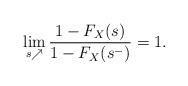
LaTeX: \begin{align*} \lim_{s\nearrow}\frac{1-F_X(s)}{1-F_X(s^-)}=1. \end{align*}